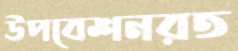
উপবেশনরত